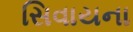
સિવાયના